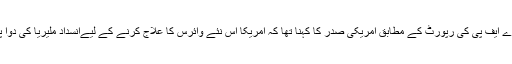
فرانسیسی خبررساں ادارے اے ایف پی کی رپورٹ کے مطابق امریکی صدر کا کہنا تھا کہ امریکا اس نئے وائرس کا علاج کرنے کے لیےانسداد ملیریا کی دوا پر تیزی سے کام کررہا ہے۔